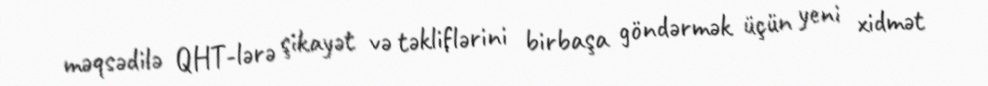
məqsədilə QHT-lərə şikayət və təkliflərini birbaşa göndərmək üçün yeni xidmət